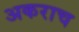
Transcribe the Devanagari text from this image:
अकराच